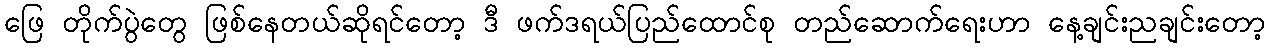
ဖြေ တိုက်ပွဲတွေ ဖြစ်နေတယ်ဆိုရင်တော့ ဒီ ဖက်ဒရယ်ပြည်ထောင်စု တည်ဆောက်ရေးဟာ နေ့ချင်းညချင်းတော့